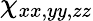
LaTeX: \chi_{xx,yy,zz}